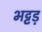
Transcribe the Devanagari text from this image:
भट्टड़